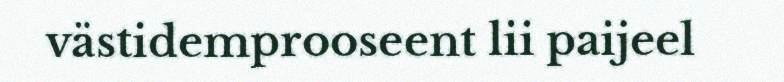
västidemprooseent lii paijeel